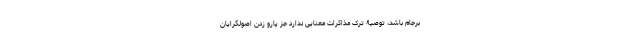
برجام باشد، توصیۀ ترک مذاکرات معنایی ندارد جز پارو زدن اصولگرایان